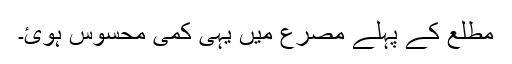
مطلع کے پہلے مصرع میں یہی کمی محسوس ہوئ۔